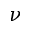
\nu